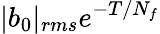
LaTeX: |b_{0}|_{rms}e^{-T/N_{f}}